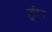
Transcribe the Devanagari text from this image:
टूरिन